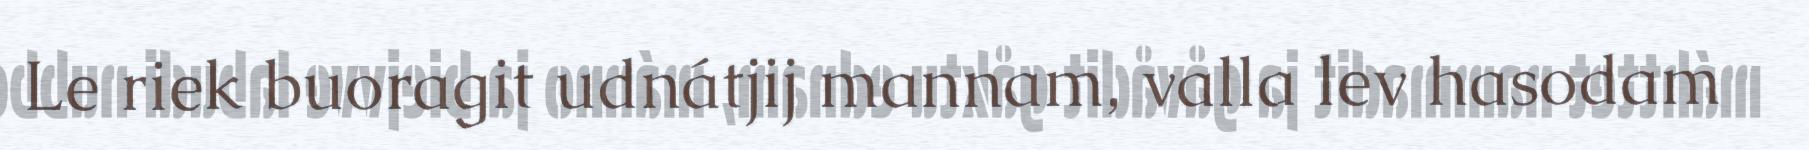
Le riek buoragit udnátjij mannam, valla lev hasodam